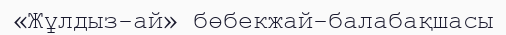
«Жұлдыз-ай» бөбекжай-балабақшасы